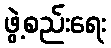
ဖွဲ့စည်းရေး